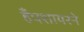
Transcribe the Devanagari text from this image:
हँपशायरने